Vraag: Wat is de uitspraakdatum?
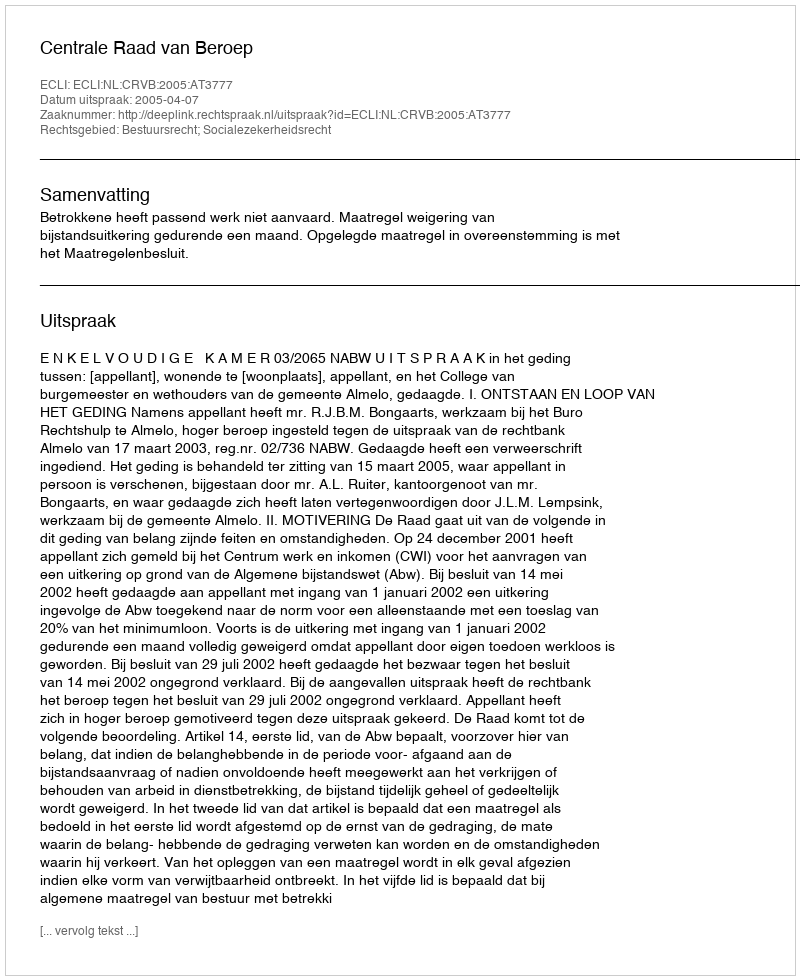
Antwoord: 2005-04-07